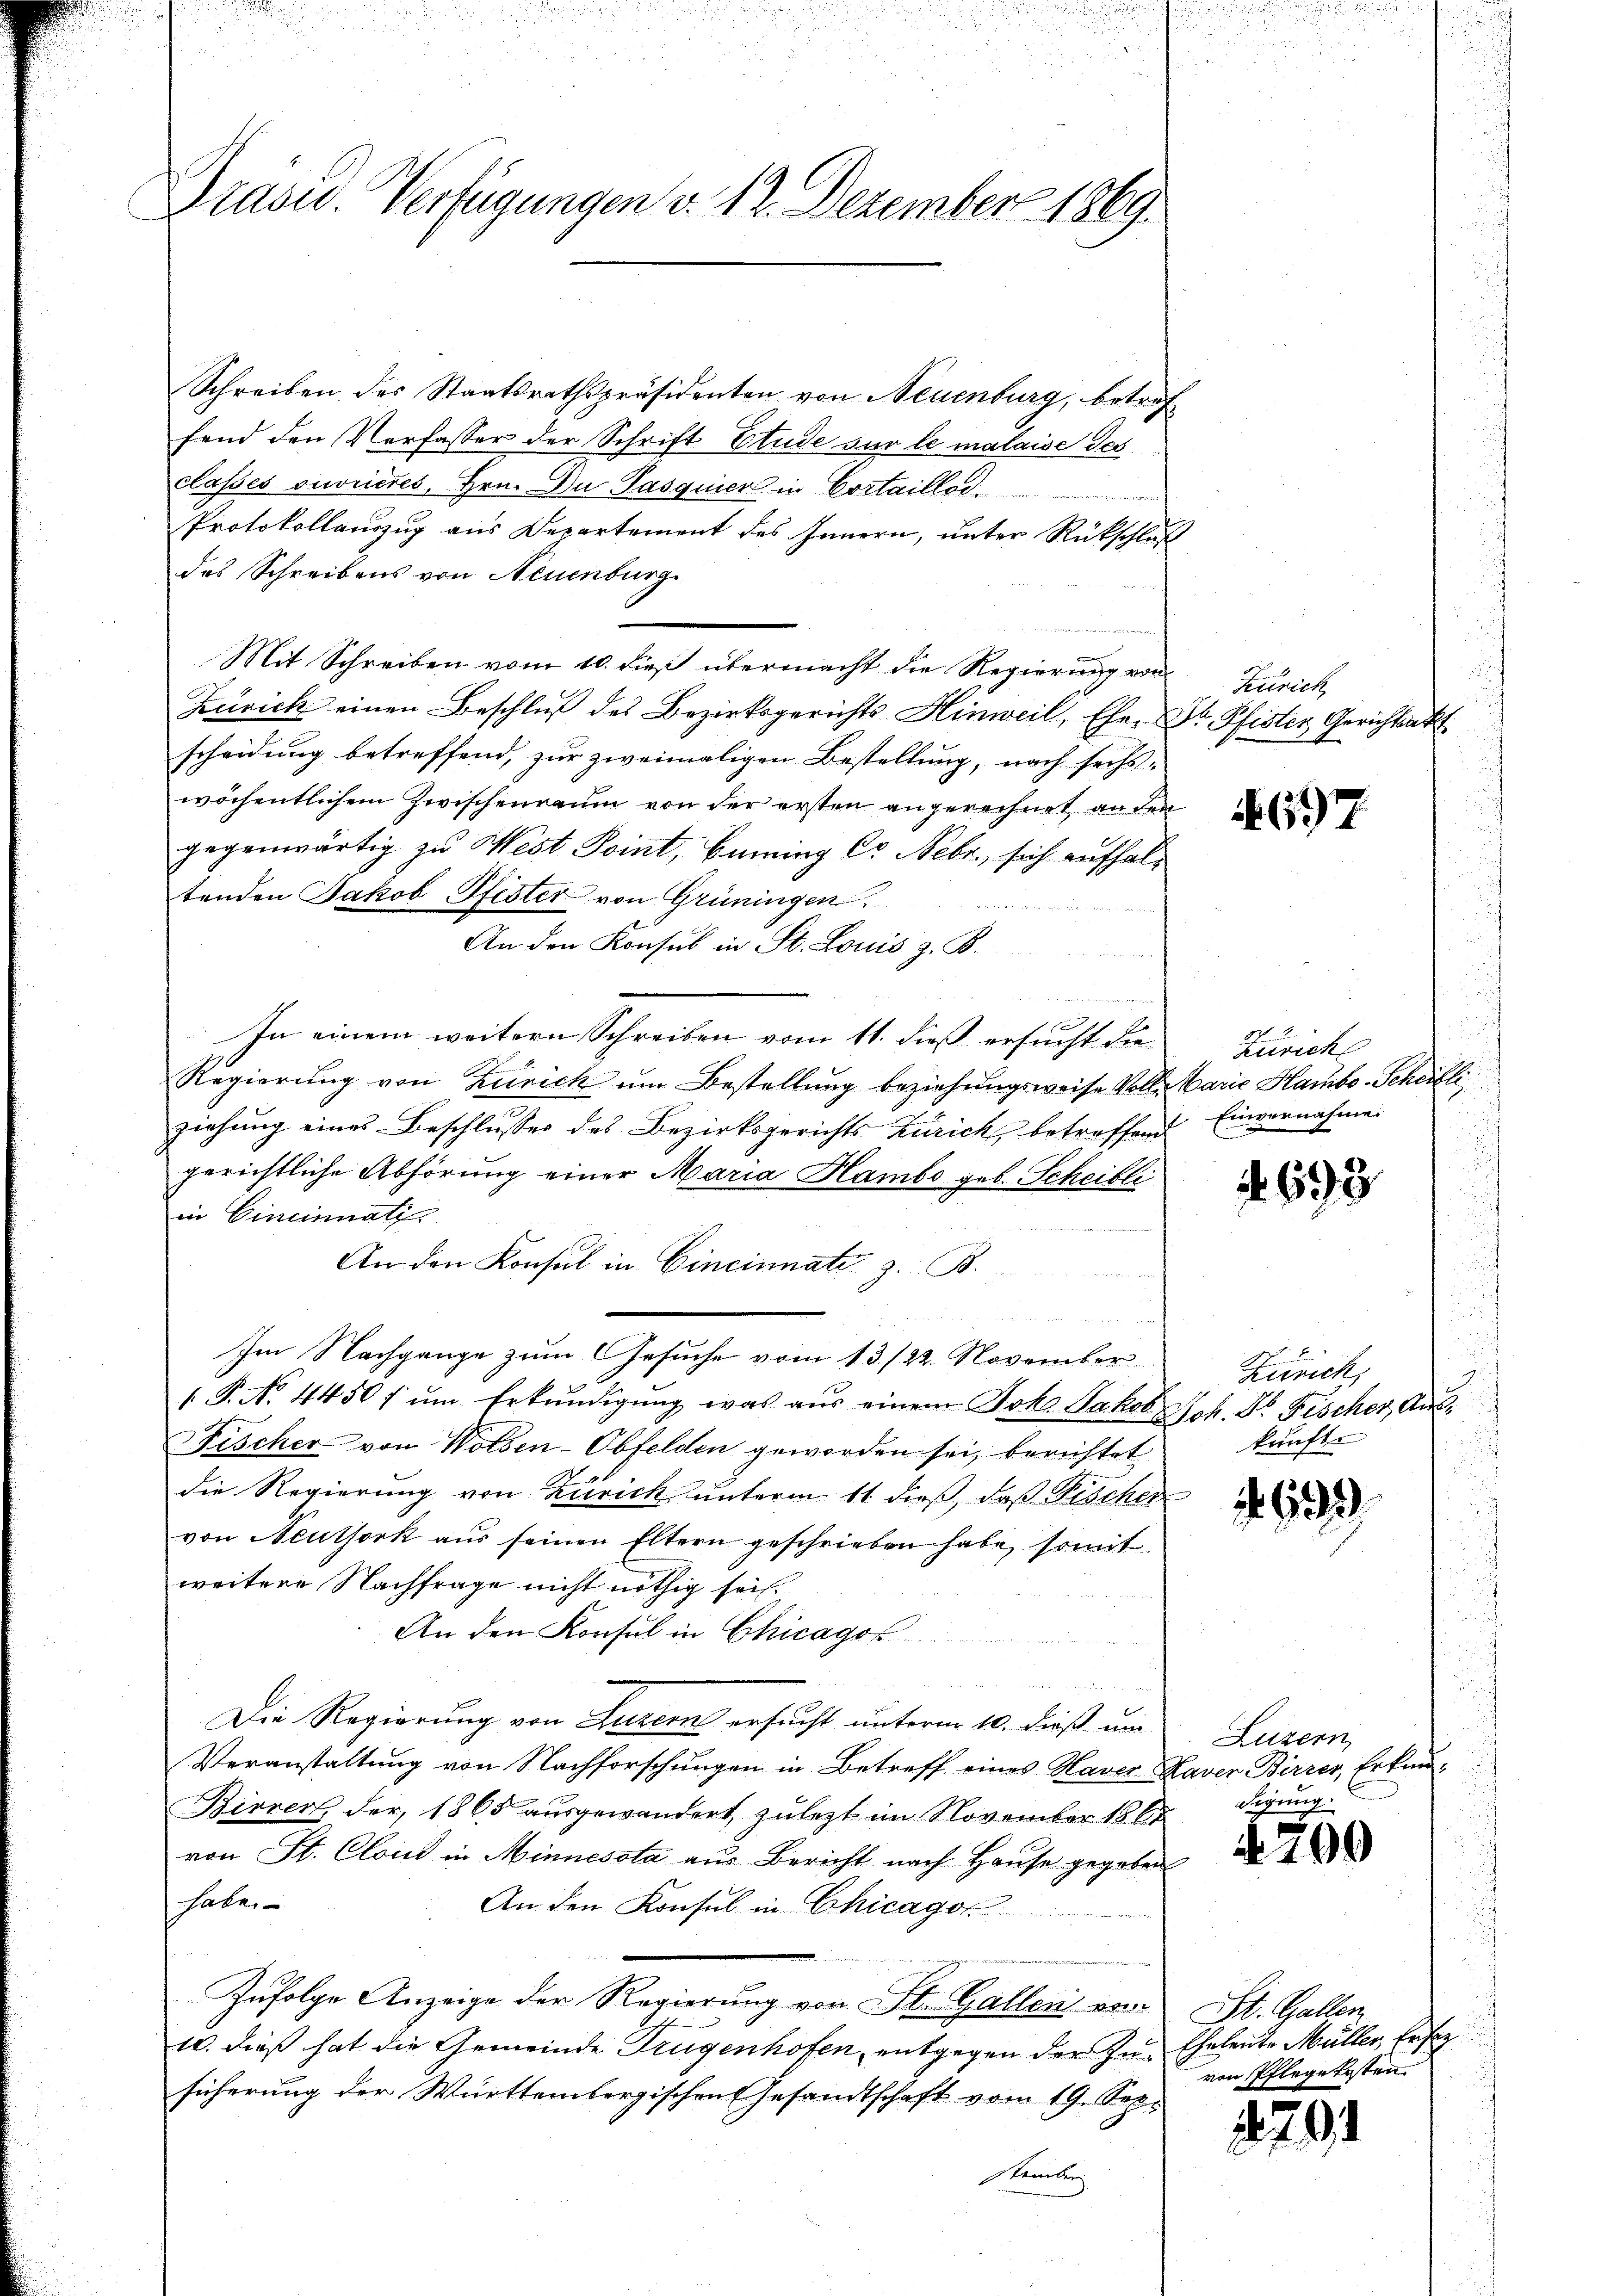
Grasu. Verfügungen v. 12. Dezember 1869

Schreiben des Staatsrathspräsidenten von Neuenburg, betref
fend den Verfasser der Schrift Etude sur le malaise Tes
classes verrieres, Hrn. Du Pasquier in Cortaillog
Protokollauszug aus Departement des Innern, unter Rückschluß
das Schreibens von Neuenburg
Mit Schreiben vom 10. dieß übermacht die Regierung von Zürich
Zusick einen Beschlŭβ des Bezirksgerichts Hinweil, Eher Dr. Pfister Gerichtsakt
scheidung betreffend, zur zweimaligen Bestellung, nach sechs-
wöchentlichem Zwischenraum von der ersten angerechnet an den
gegenwärtig zu West Point, Benning Cr. Febr., sich aufhaltenden Jakob Pfister von Grüningen.
An den Konsul in St. Louis z. B.
In einem weitern Schreiben vom 11. dieß ersucht die
Regierung von Zürich um Bestellung beziehungsweise Volle Marie Hambo-Scheibli
ziehung eines Beschlusses des Bezirksgerichts Zürich betreffend Einvernahmen
gerichtliche Abhörung einer Maria Hambs geb. Scheibli
in Cincinnati
i der Gegenste
An den Konsul in Cincinnate z. B.
d
Im Nachgange zum Gesuche vom 13./22. November
1 P. No. 4450 f um Erkundigung was aus einem Joh. Jakob,
Fischer von Wolden-Obfelden geworden sei, berichtet
die Regierung von Zürich unterm 11. dieß, daß Fischer
von Neuthork aus seinen Eltern geschrieben habe, somit
weitere Nachfrage nicht nöthig sei.
An den Konsul in Chicago
Die Regierung von Luzern ersucht unterm 10. dieß um
Veranstaltung von Nachforschungen in Betreff eines Haver Haver Birrer, Erkun-
Birrer, der, 1865 ausgewandert, zuletzt im November 1865
von St. Cloud in Minnesota aus Bericht nach Hause gegeben
habe.
An den Konsul in Chicagor
Zufolge Anzeige der Regierung von St. Gallen von St. Gallen
10. dieß hat die Gemeinde Tugenhofen, entgegen der zu. Eheleute Müller, Erfahsicherung der Württembergischen Gesandtschaft vom 19. Sep.
tember

697

Zürich

. 693.

Zürich,
Joh. Dr. Fischer, Aus
kunft.

693.

Luzern,
Sigung

700

von Pflegekosten

270